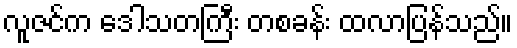
လူဇင်က ဒေါသတကြီး တစခန်း ထလာပြန်သည်။